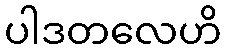
ပါဒတလေဟိ